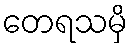
တေရသမှိ